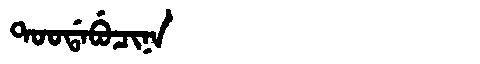
Manchu: ᡨᠣᠣᡩᠠᠪᡠᠴᡳᠨᠠ
Romanization: TOODABUCINA